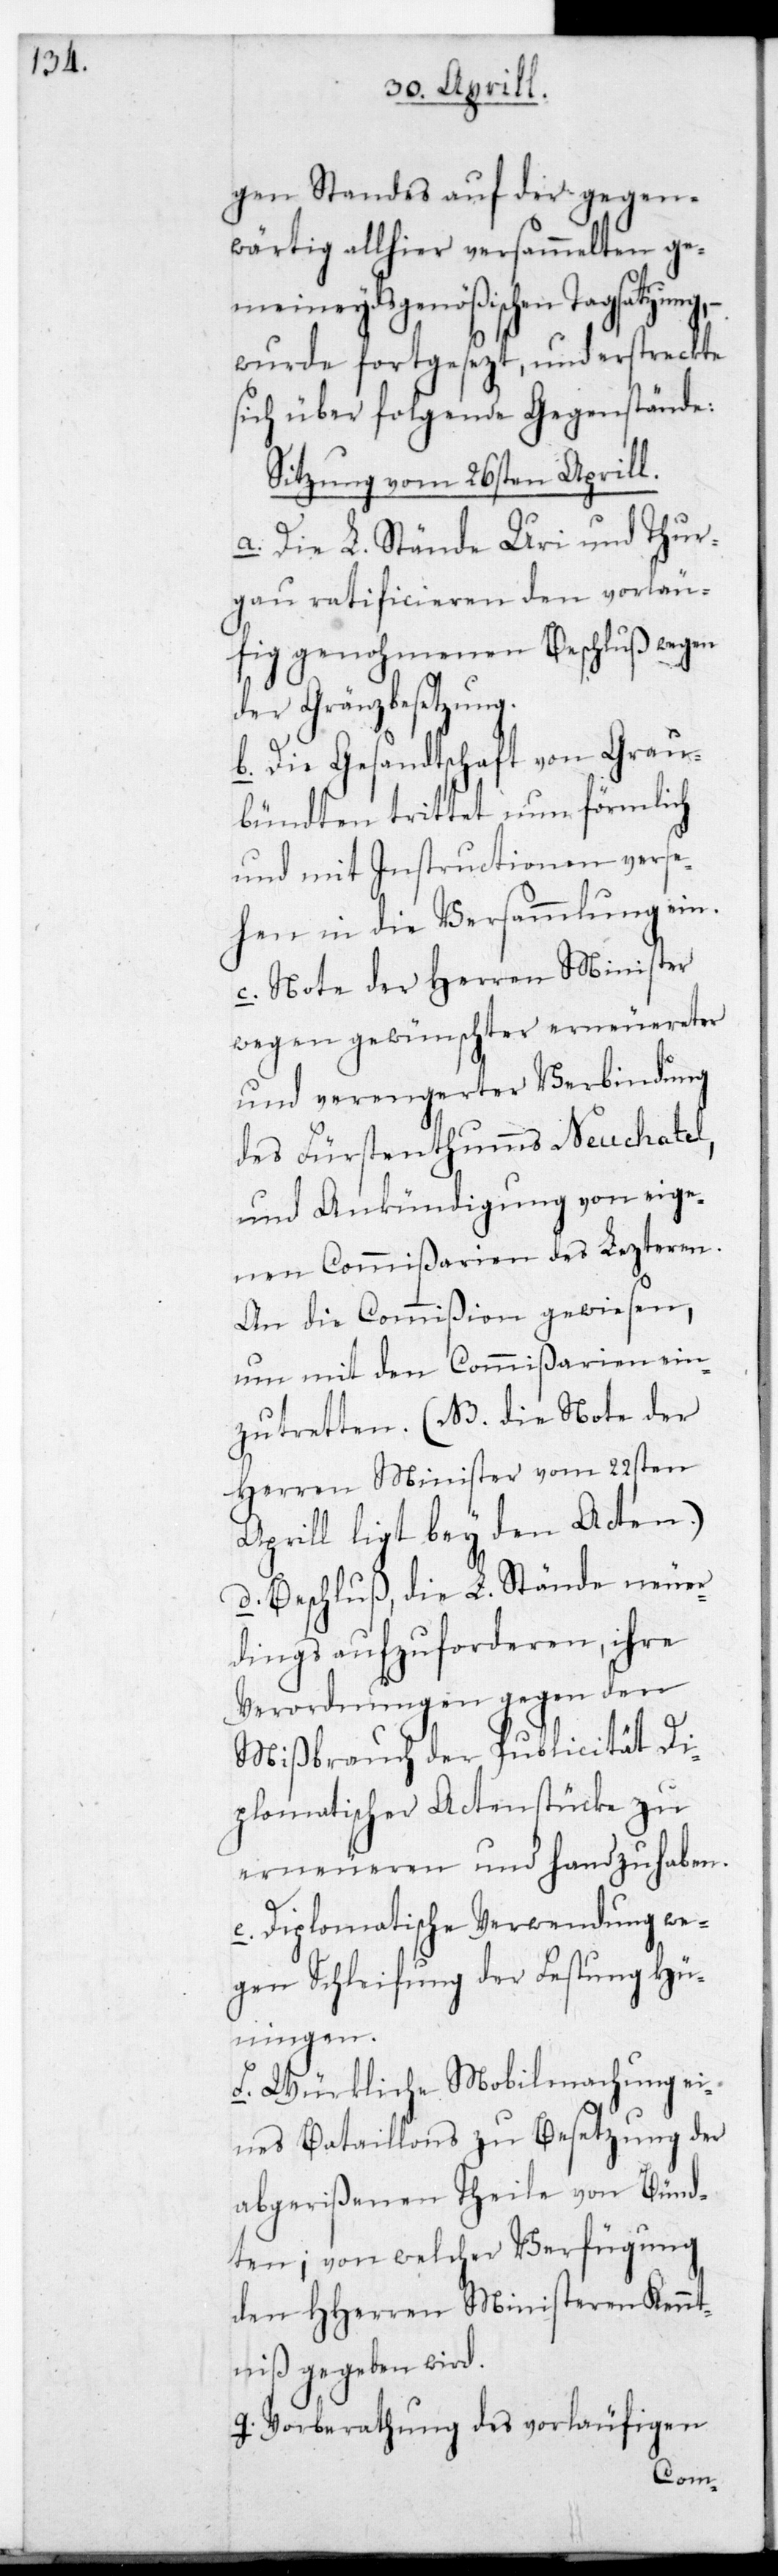
gen Standes auf der gegen¬
wärtig allhier versammelten ge¬
meineydsgenößischen Tagsatzung,
wurde fortgesezt, und erstreckte
sich über folgende Gegenstände:
Sitzung vom 26sten Aprill.
a. Die L. Stände Uri und Thur¬
gau ratificieren den vorläu¬
fig genohmenen Beschluß wegen
der Gränzbesetzung.
b. Die Gesandtschaft von Grau¬
bündten trittet nun förmlich
und mit Instructionen verse¬
hen in die Versammlung ein.
c. Note der Herren Minister
wegen gewünschter erneuereter
und verengerter Verbindung
des Fürstenthums Neuchatel,
und Ankündigung von eige¬
nen Commißarien des letzteren.
An die Commißion gewiesen,
um mit den Commißarien ein¬
zutretten. (NB. die Note der
Herren Minister vom 22sten
Aprill liegt bey den Acten).
d. Beschluß, die L. Stände neuer¬
dings aufzuforderen, ihre
Verordnungen gegen den
Mißbrauch der Publicität Di¬
plomatischer Actenstücke zu
erneueren und handzuhaben.
e. Diplomatische Verwendung we¬
gen Schleifung der Festung Hü¬
ningen.
f. Würkliche Mobilmachung ei¬
nes Bataillons zu Besetzung der
abgerißenen Theile von Bünd¬
ten; von welcher Verfügung
den HHerren Ministeren Kennt¬
niß gegeben wird.
g. Vorberathung des vorläufigen